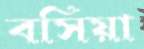
বসিয়া